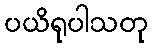
ပယိရုပါသတု